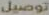
توصيل